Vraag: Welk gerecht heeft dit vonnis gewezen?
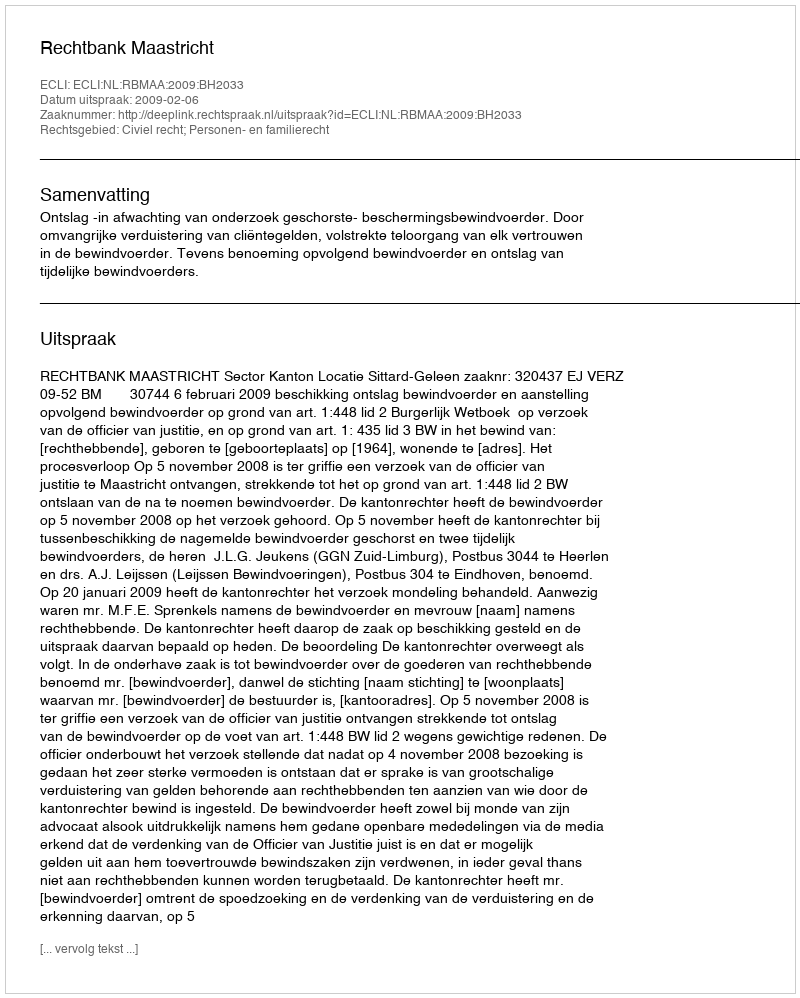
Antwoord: Rechtbank Maastricht